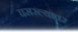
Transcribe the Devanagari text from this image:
घसरल्यावर